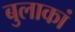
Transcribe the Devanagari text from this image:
बुलाकां